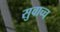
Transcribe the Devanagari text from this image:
सुवाच्च